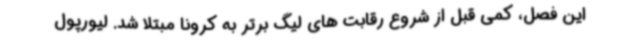
این فصل، کمی قبل از شروع رقابت های لیگ برتر به کرونا مبتلا شد. لیورپول